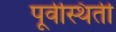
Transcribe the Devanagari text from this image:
पूर्वस्थिती